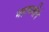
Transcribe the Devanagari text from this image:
महाकवीने